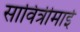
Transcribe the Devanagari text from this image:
सावित्रीमाई